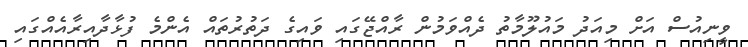
ވީނިއުސް އަށް މިއަދު މައުލޫމާތު ދެއްވަމުން ރާއްޖޭގައި ވައިގެ ދަތުރުތައް އެންމެ ފުޅާދާއިރާއެއްގައި